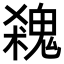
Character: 𩳙